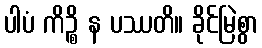
ပါပံ ကိဉ္စိ န ပဿတိ။ ခိုင်မြဲစွာ